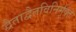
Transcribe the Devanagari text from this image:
द्वैताद्वैतविनिर्मुक्तः